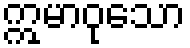
ဣမာဝုသော